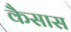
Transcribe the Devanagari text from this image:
कैसास